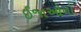
ઈજાઓનો